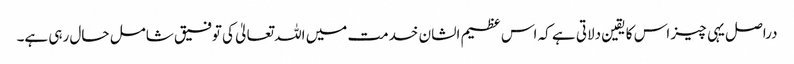
دراصل یہی چیز اس کا یقین دلاتی ہے کہ اس عظیم الشان خدمت میں اللہ تعالیٰ کی توفیق شامل حال رہی ہے۔